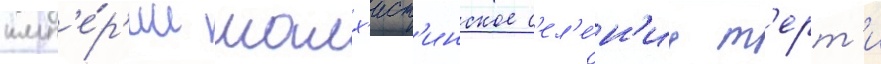
имп'е́р'ии малх'ист'инское с'ел'е́н'ие т'ерт'и